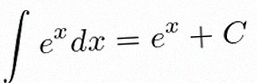
\int e^x dx=e^x+C